Report on vaccination in the Province of Bengal - 1869-1873
Year: 1869
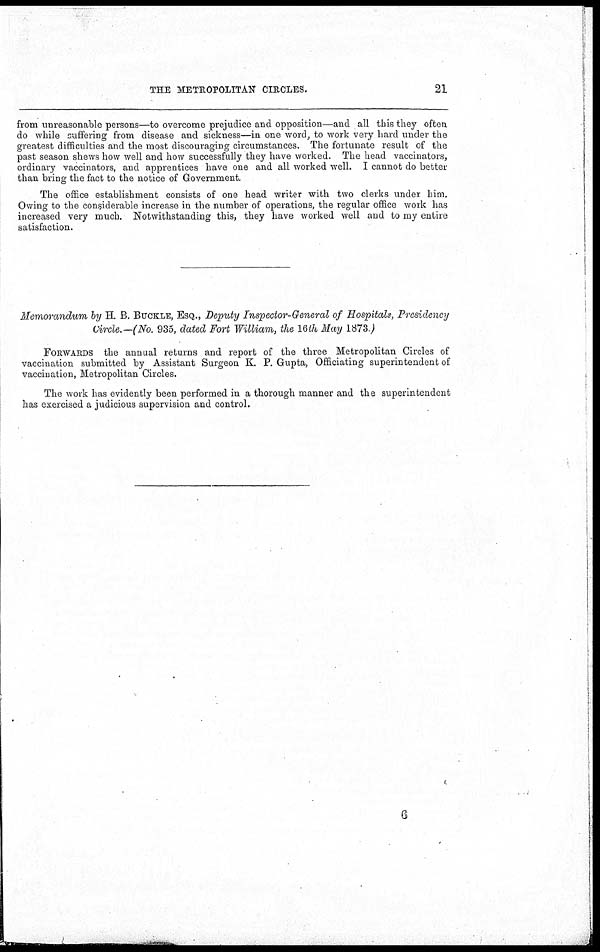
THE METROPOLITAN CIRCLES.
21
from unreasonable persons—to overcome prejudice and opposition—and all this they often
do while suffering from disease and sickness—in one word, to work very hard under the
greatest difficulties and the most discouraging circumstances. The fortunate result of the
past season shews how well and how successfully they have worked. The head vaccinators,
ordinary vaccinators, and apprentices have one and all worked well. I cannot do better
than bring the fact to the notice of Government.
The office establishment consists of one head writer with two clerks under him.
Owing to the considerable increase in the number of operations, the regular office work has
increased very much. Notwithstanding this, they have worked well and to my entire
satisfaction.
Memorandum by H. B. BUCKLE, ESQ., Deputy Inspector-General of Hospitals, Presidency
Circle.—(No. 935, dated Fort William, the 16th May 1873 )
FORWARDS the annual returns and report of the three Metropolitan Circles of
vaccination submitted by Assistant Surgeon K. P. Gupta, Officiating superintendent of
vaccination, Metropolitan Circles.
The work has evidently been performed in a thorough manner and the superintendent
has exercised a judicious supervision and control.
6